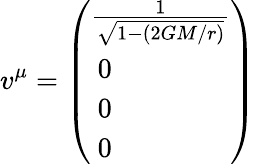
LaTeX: v^{\mu}=\left(\begin{array}{l}{{\frac{1}{\sqrt{1-(2GM/r)}}}}\\ {{{}~0}}\\ {{{}~0}}\\ {{{}~0}}\end{array}\right)